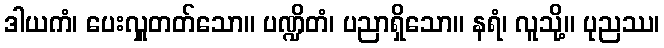
ဒါယကံ၊ ပေးလှူတတ်သော။ ပဏ္ဍိတံ၊ ပညာရှိသော။ နရံ၊ လူသို့။ ပုညဿ၊